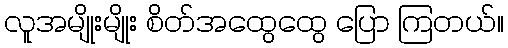
လူအမျိုးမျိုး စိတ်အထွေထွေ ပြော ကြတယ်။